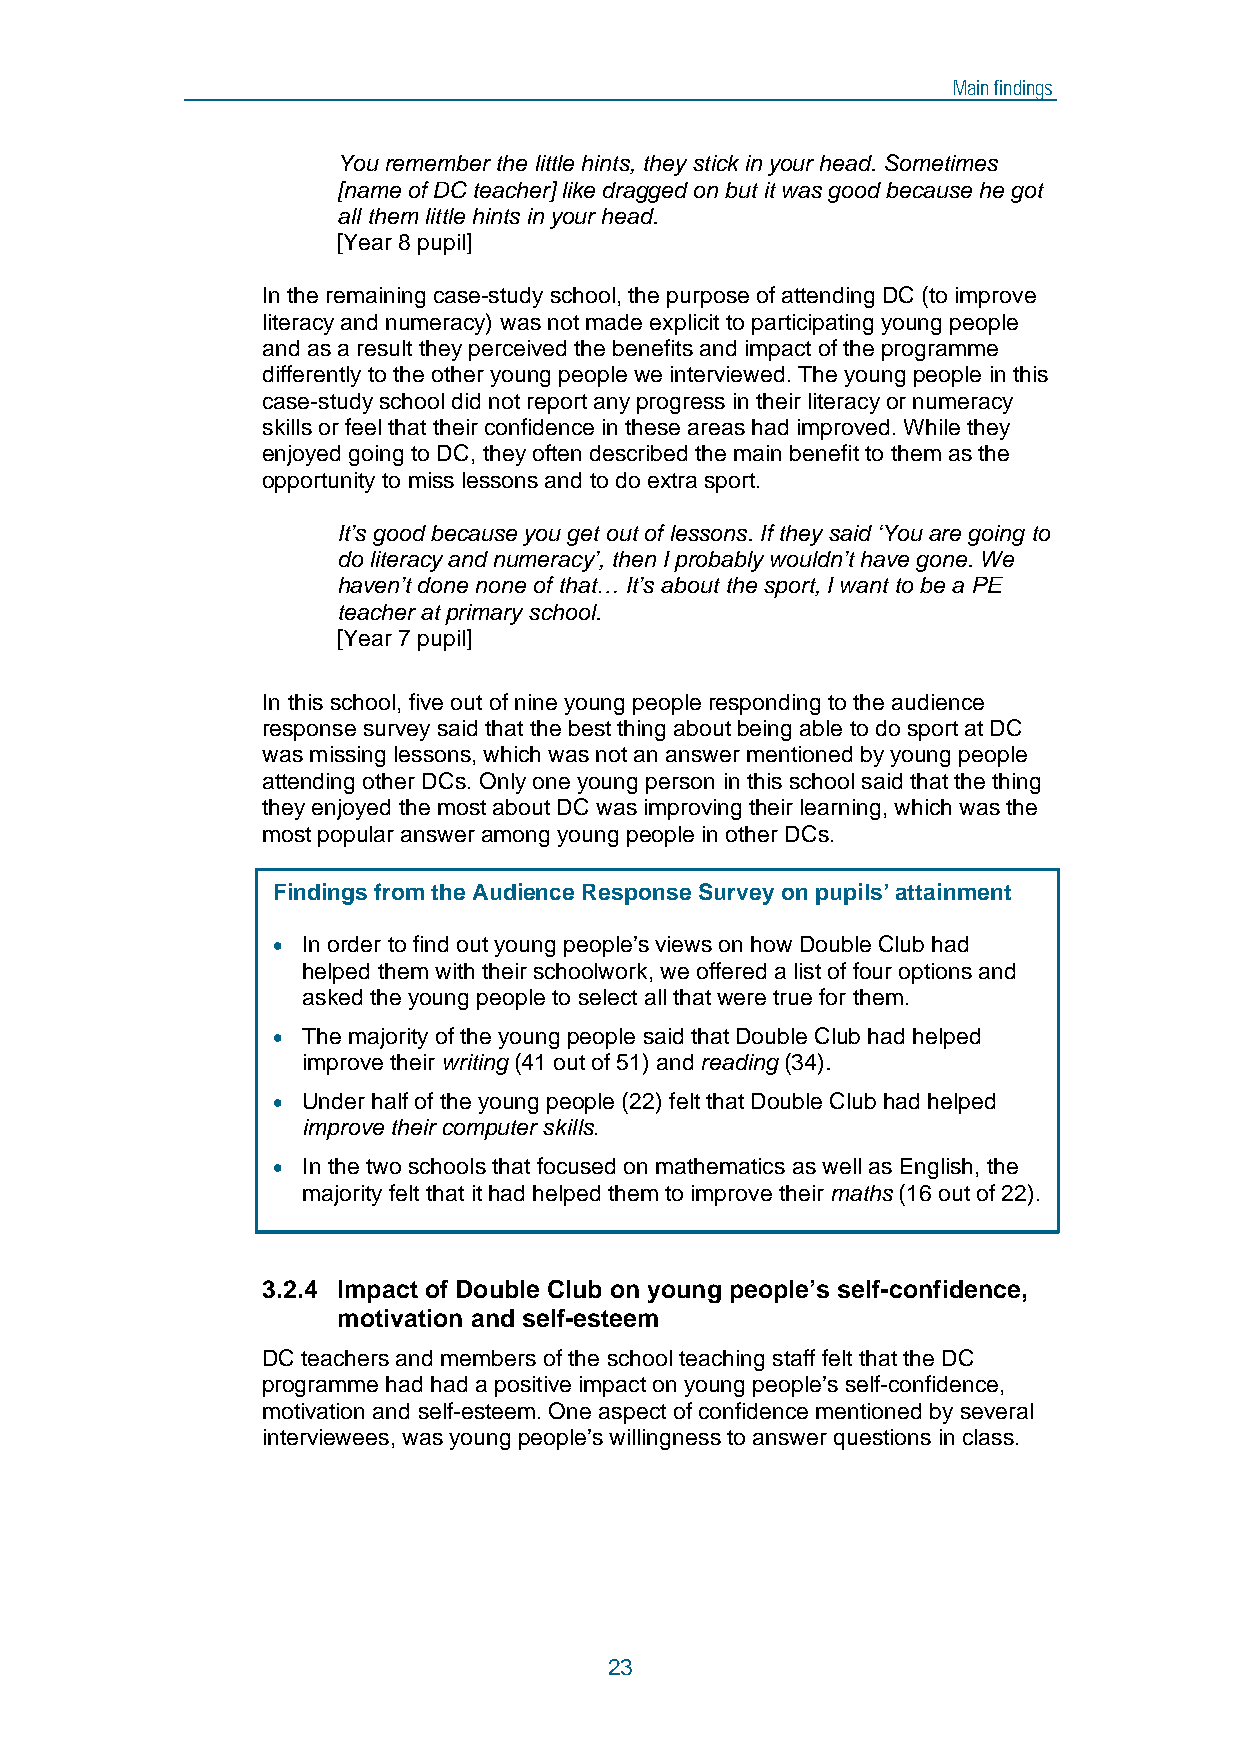
Main findings
 You remember the little hints, they stick in your head. Sometimes
 [name of DC teacher] like dragged on but it was good because he got
 all them little hints in your head.
 [Year 8 pupil]
 In the remaining case-study school, the purpose of attending DC (to improve
 literacy and numeracy) was not made explicit to participating young people
 and as a result they perceived the benefits and impact of the programme
 differently to the other young people we interviewed. The young people in this
 case-study school did not report any progress in their literacy or numeracy
 skills or feel that their confidence in these areas had improved. While they
 enjoyed going to DC, they often described the main benefit to them as the
 opportunity to miss lessons and to do extra sport.
 It’s good because you get out of lessons. If they said ‘You are going to
 do literacy and numeracy’, then I probably wouldn’t have gone. We
 haven’t done none of that… It’s about the sport, I want to be a PE
 teacher at primary school.
 [Year 7 pupil]
 In this school, five out of nine young people responding to the audience
 response survey said that the best thing about being able to do sport at DC
 was missing lessons, which was not an answer mentioned by young people
 attending other DCs. Only one young person in this school said that the thing
 they enjoyed the most about DC was improving their learning, which was the
 most popular answer among young people in other DCs.
 Findings from the Audience Response Survey on pupils’ attainment
 • In order to find out young people’s views on how Double Club had
 helped them with their schoolwork, we offered a list of four options and
 asked the young people to select all that were true for them.
 • The majority of the young people said that Double Club had helped
 improve their writing (41 out of 51) and reading (34).
 • Under half of the young people (22) felt that Double Club had helped
 improve their computer skills.
 • In the two schools that focused on mathematics as well as English, the
 3  majority felt that it had helped them to improve their maths (16 out of 22).
 .
 3.2.4 Impact of Double Club on young people’s self-confidence,
 motivation and self-esteem
 DC teachers and members of the school teaching staff felt that the DC
 programme had had a positive impact on young people’s self-confidence,
 motivation and self-esteem. One aspect of confidence mentioned by several
 interviewees, was young people’s willingness to answer questions in class.
 23